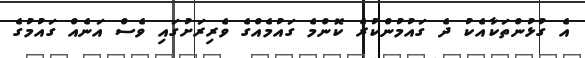
އެ ގުޅުންތަކާއެކު ދެ ގައުމުންކުރެ ކޮންމެ ގައުމެއްގެ ވެރިރަށުގައި ވެސް އަނެއް ގައުމުގެ